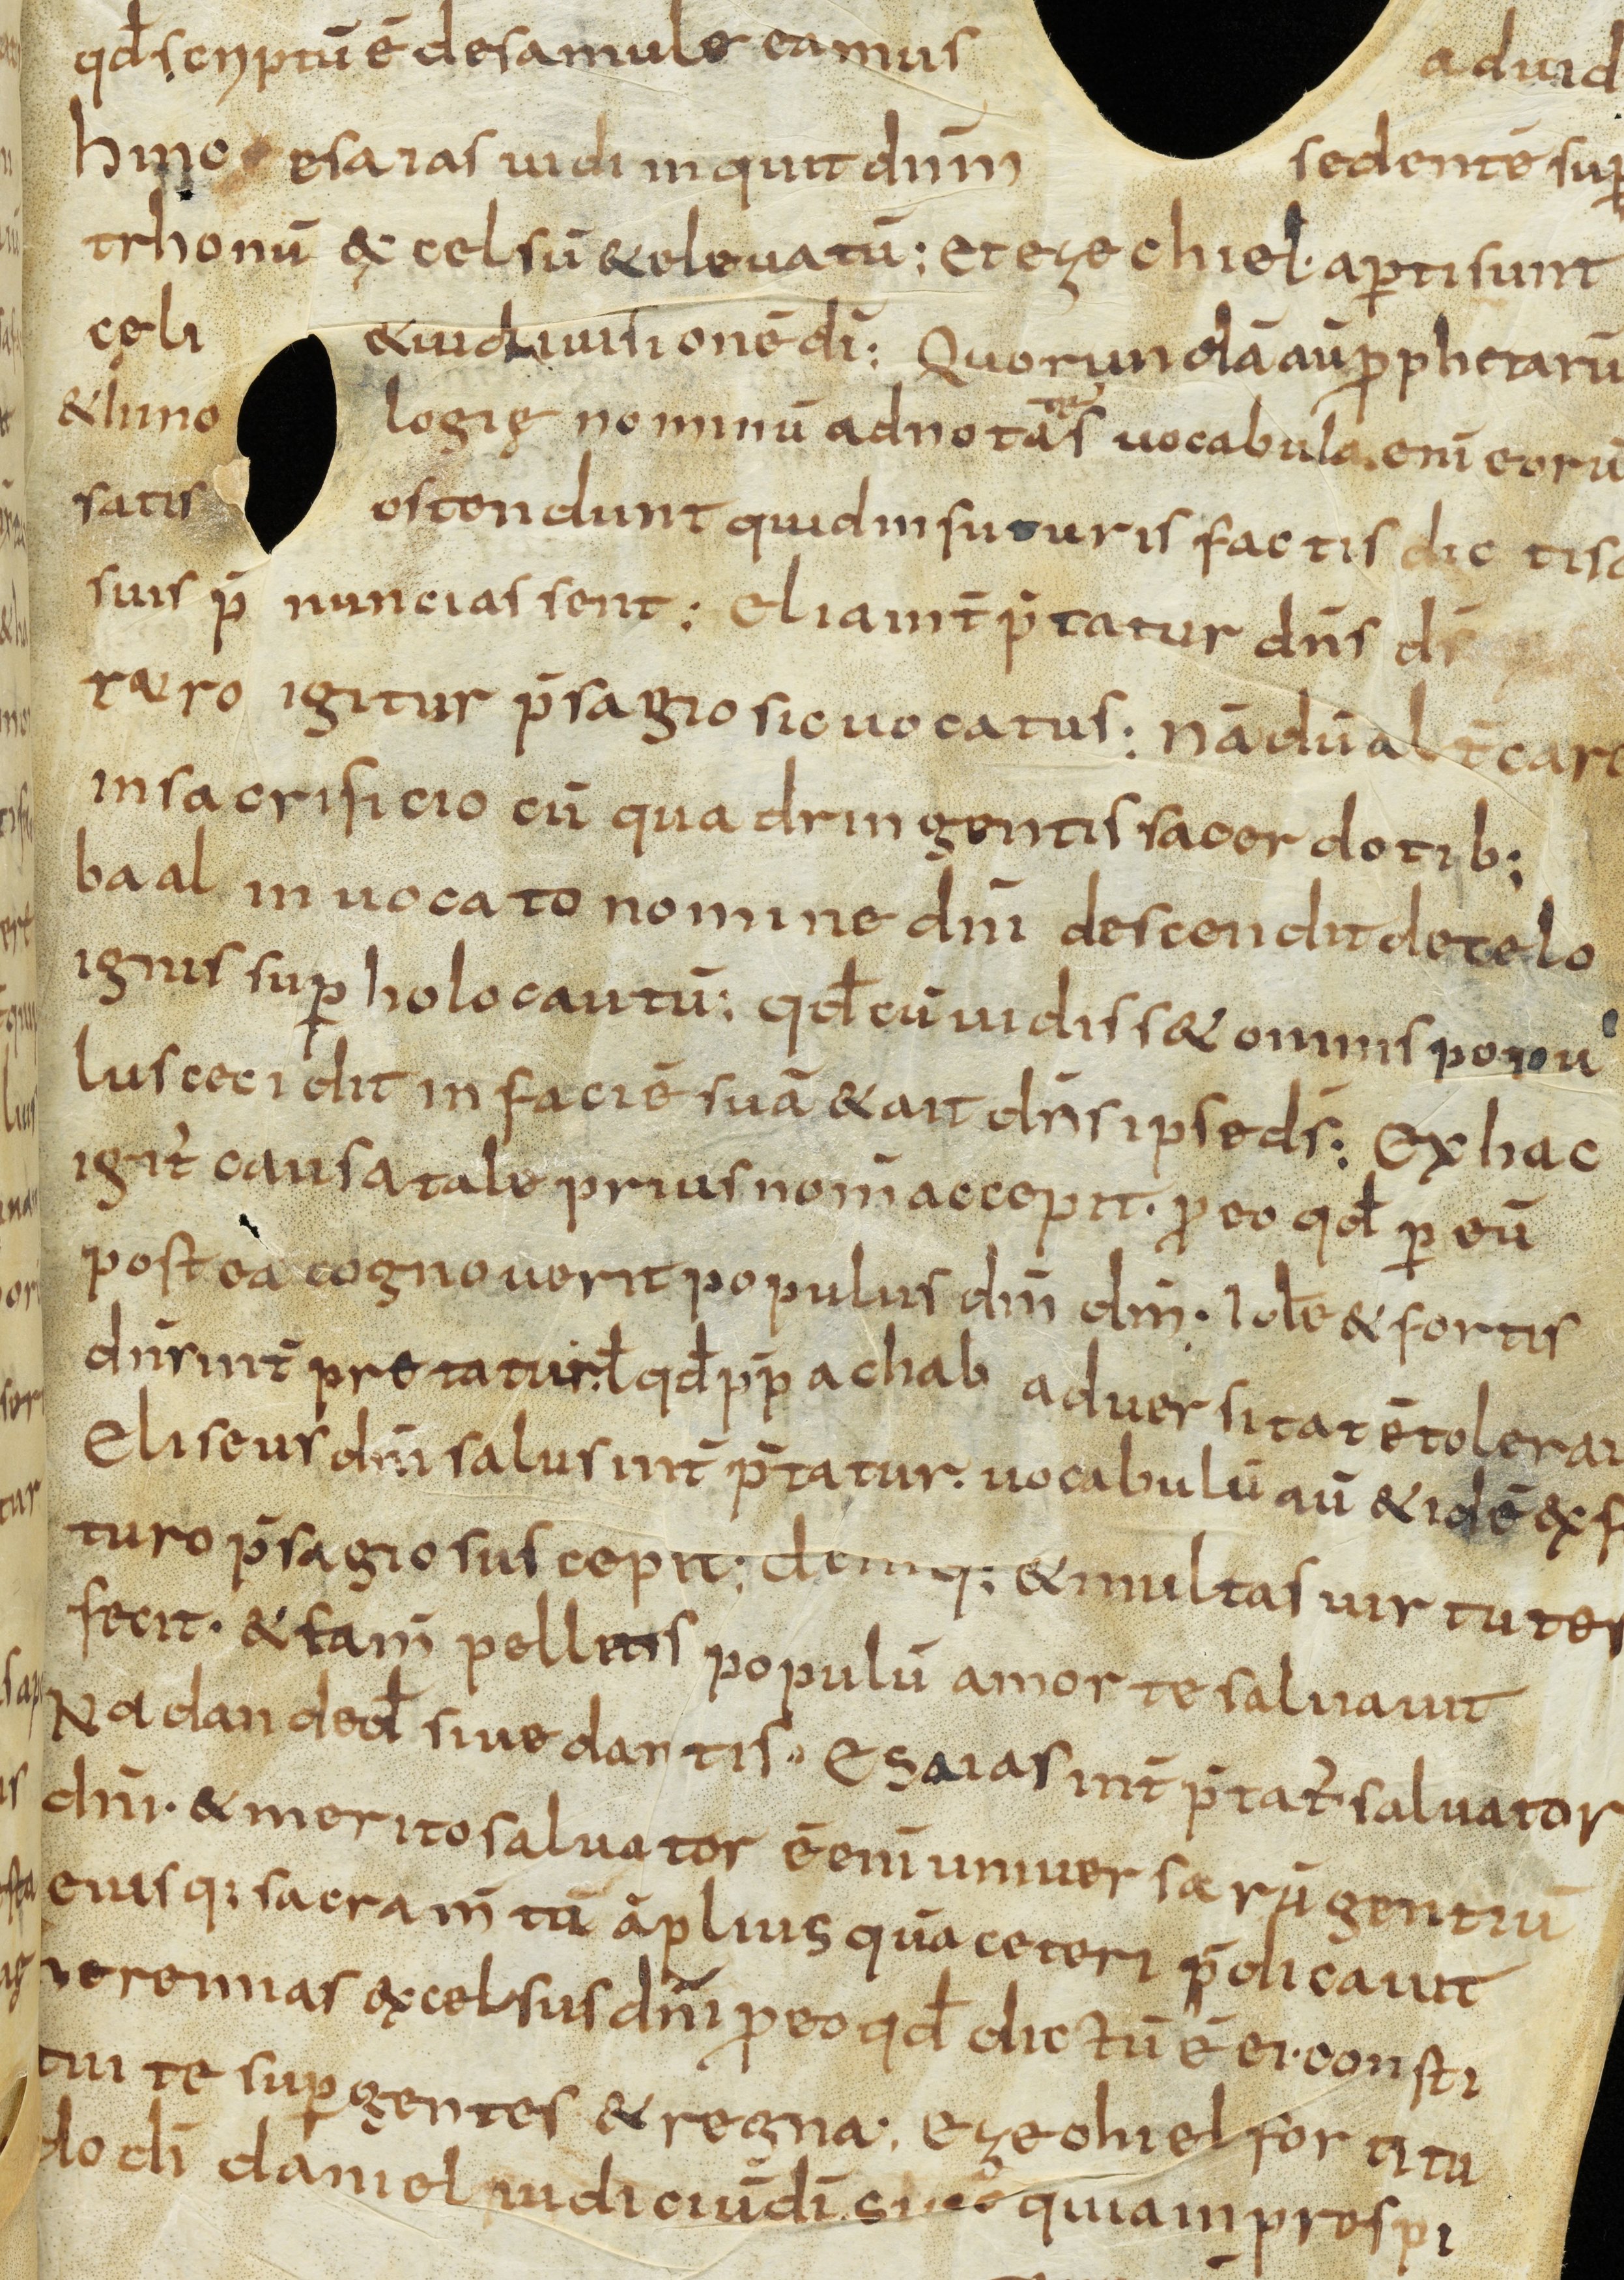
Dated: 800–830